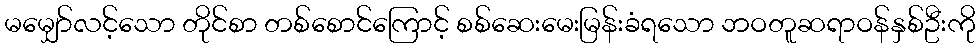
မမျှော်လင့်သော တိုင်စာ တစ်စောင်ကြောင့် စစ်ဆေးမေးမြန်းခံရသော ဘဝတူဆရာဝန်နှစ်ဦးကို